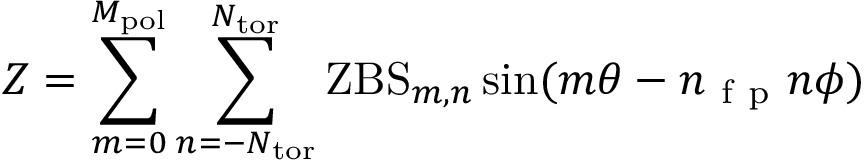
Z = \sum _ { m = 0 } ^ { M _ { \mathrm { p o l } } } \sum _ { n = - N _ { \mathrm { t o r } } } ^ { N _ { \mathrm { t o r } } } \mathrm { Z B S } _ { m , n } \sin ( m \theta - n _ { \mathrm { ~ f ~ p ~ } } n \phi )